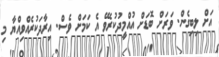
އަށް ލިބިގެން. ވަރަށް ބޮޑަށް އުއްމީދުކުރެވޭ އެ ކަމަށް ވެސް. އިރާދަކުރެއްވިއްޔާ މި